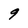
Character: 9